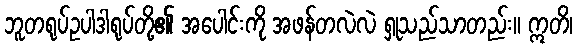
ဘူတရုပ်ဥပါဒါရုပ်တို့၏ အပေါင်းကို အဖန်တလဲလဲ ရှုသည်သာတည်း။ ဣတိ၊